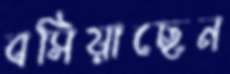
বসিয়াছেন